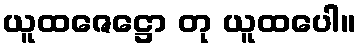
ယူထဇေဋ္ဌော တု ယူထပေါ။